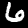
Digit: 6